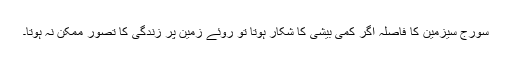
سورج سیزمین کا فاصلہ اگر کمی بیشی کا شکار ہوتا تو روئے زمین پر زندگی کا تصور ممکن نہ ہوتا۔